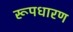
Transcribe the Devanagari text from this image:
रूपधारण